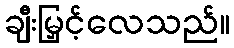
ချီးမြှင့်လေသည်။